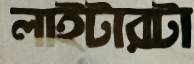
লাইটারটা